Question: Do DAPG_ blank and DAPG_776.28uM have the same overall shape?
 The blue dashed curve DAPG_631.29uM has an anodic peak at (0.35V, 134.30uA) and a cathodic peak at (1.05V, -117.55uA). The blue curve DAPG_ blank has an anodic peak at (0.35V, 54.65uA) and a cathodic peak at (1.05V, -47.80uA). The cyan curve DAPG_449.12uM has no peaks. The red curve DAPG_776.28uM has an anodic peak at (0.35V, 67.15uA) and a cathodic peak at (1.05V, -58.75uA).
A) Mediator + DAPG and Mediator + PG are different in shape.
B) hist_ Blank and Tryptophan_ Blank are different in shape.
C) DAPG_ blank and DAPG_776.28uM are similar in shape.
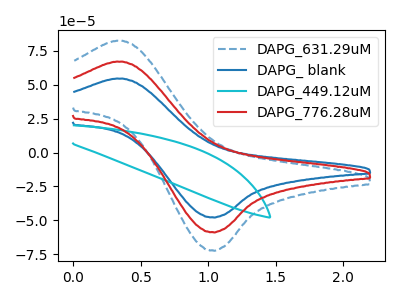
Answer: <think>All the peaks in "DAPG_ blank" have a peak in "DAPG_776.28uM" at the same potential. Every peak in "DAPG_ blank" is lower than every peak in "DAPG_776.28uM".
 </think>
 <answer>C) "DAPG_ blank" and "DAPG_776.28uM" are similar in shape.</answer>
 <eval>C</eval>